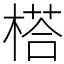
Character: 榙